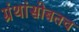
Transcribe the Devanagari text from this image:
ग्रंथांसोबतच